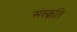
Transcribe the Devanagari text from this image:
संस्‍क़ृति